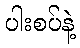
ပါးစပ်နဲ့